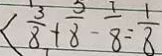
< \frac { 3 } { 8 } + \frac { 5 } { 8 } - \frac { 7 } { 8 } = \frac { 1 } { 8 }